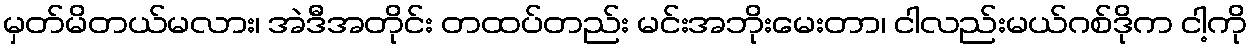
မှတ်မိတယ်မလား၊ အဲဒီအတိုင်း တထပ်တည်း မင်းအဘိုးမေးတာ၊ ငါလည်းမယ်ဂစ်ဒိုက ငါ့ကို